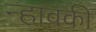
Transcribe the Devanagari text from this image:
न्हावकी